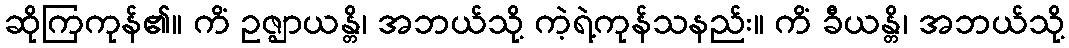
ဆိုကြကုန်၏။ ကိံ ဥဇ္ဈာယန္တိ၊ အဘယ်သို့ ကဲ့ရဲ့ကုန်သနည်း။ ကိံ ခီယန္တိ၊ အဘယ်သို့